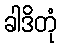
ခါဒိတုံ